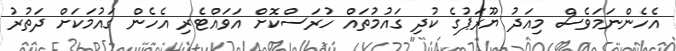
އެހެންނަމަވެސް މިއަދު ޔޫރަޕުގެ ކުދި ގައުމުތައް ހުރަސްކޮށް އަވައްޓެރި އެހެން ގައުމަކަށް ދަތުރު